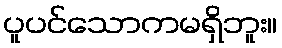
ပူပင်သောကမရှိဘူး။